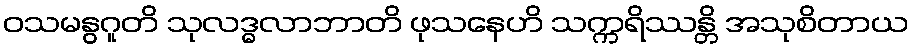
ဝသမနွဂူတိ သုလဒ္ဓလာဘာတိ ဖုသနေဟိ သက္ကရိဿန္တိ အသုစိတာယ